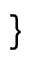
\}